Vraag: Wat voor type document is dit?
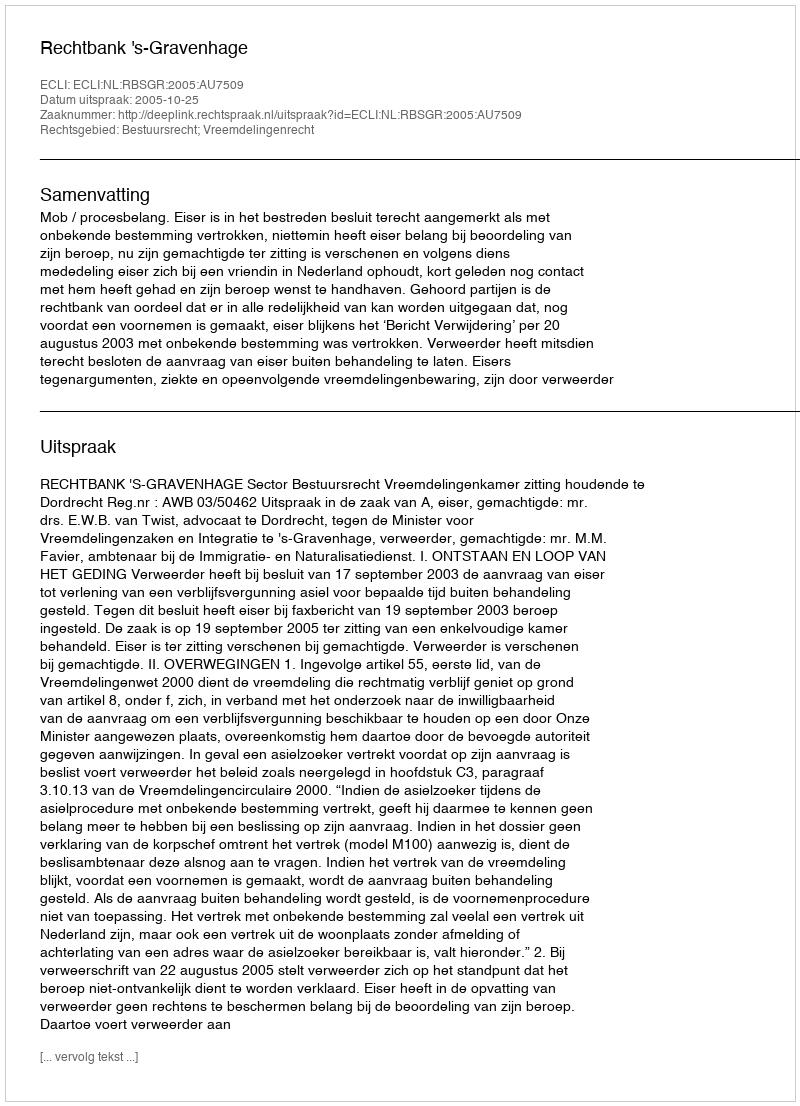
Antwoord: Uitspraak